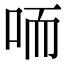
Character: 㖇